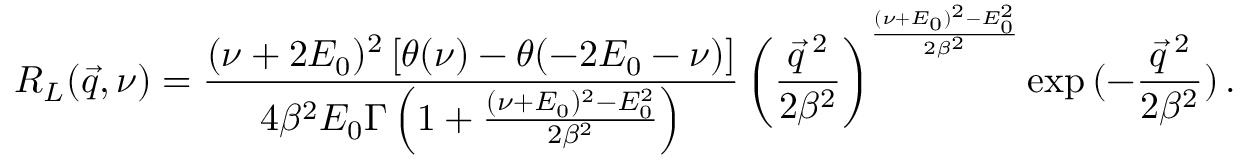
R _ { L } ( \vec { q } , \nu ) = \frac { ( \nu + 2 E _ { 0 } ) ^ { 2 } \left[ \theta ( \nu ) - \theta ( - 2 E _ { 0 } - \nu ) \right] } { 4 \beta ^ { 2 } E _ { 0 } \Gamma \left( 1 + \frac { ( \nu + E _ { 0 } ) ^ { 2 } - E _ { 0 } ^ { 2 } } { 2 \beta ^ { 2 } } \right) } \left( \frac { \vec { q } \, ^ { 2 } } { 2 \beta ^ { 2 } } \right) ^ { \frac { ( \nu + E _ { 0 } ) ^ { 2 } - E _ { 0 } ^ { 2 } } { 2 \beta ^ { 2 } } } \exp { ( - \frac { \vec { q } \, ^ { 2 } } { 2 \beta ^ { 2 } } ) } \, .